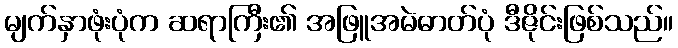
မျက်နှာဖုံးပုံက ဆရာကြီး၏ အဖြူအမဲဓာတ်ပုံ ဒီဇိုင်းဖြစ်သည်။